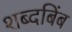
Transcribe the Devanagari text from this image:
शब्दबिंब